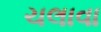
ચલાવા